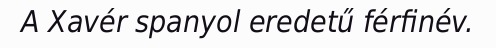
A Xavér spanyol eredetű férfinév.